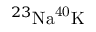
^ { 2 3 } \mathrm { { N a } ^ { 4 0 } \mathrm { { K } } }